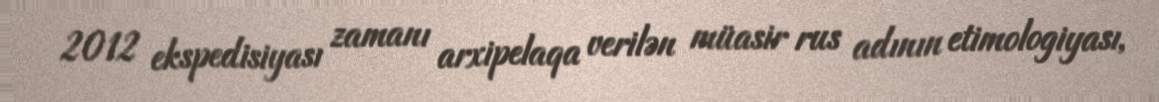
2012 ekspedisiyası zamanı arxipelaqa verilən müasir rus adının etimologiyası,